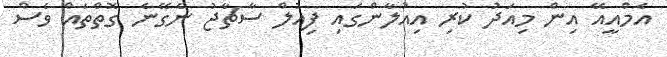
އެމްއީއޭ އިން މިއަދު ކުރި އިއުލާންގައި ފިއުލް ސާޗާޖު ނެގޭނެ ގޮތްތައް ވެސް